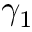
\gamma _ { 1 }